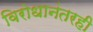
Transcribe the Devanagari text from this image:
विरोधानंतरही